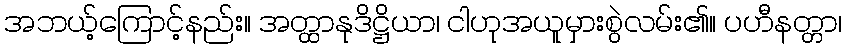
အဘယ့်ကြောင့်နည်း။ အတ္ထာနုဒိဋ္ဌိယာ၊ ငါဟုအယူမှားစွဲလမ်း၏။ ပဟီနတ္တာ၊